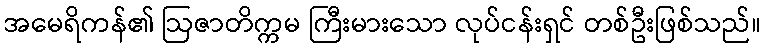
အမေရိကန်၏ ဩဇာတိက္ကမ ကြီးမားသော လုပ်ငန်းရှင် တစ်ဦးဖြစ်သည်။